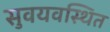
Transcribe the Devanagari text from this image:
सुवयवस्थित